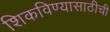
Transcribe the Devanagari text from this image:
शिकविण्यासाठीची